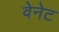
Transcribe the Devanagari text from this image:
वेनेट